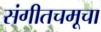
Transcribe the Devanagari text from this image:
संगीतचमूचा